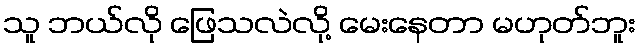
သူ ဘယ်လို ဖြေသလဲလို့ မေးနေတာ မဟုတ်ဘူး